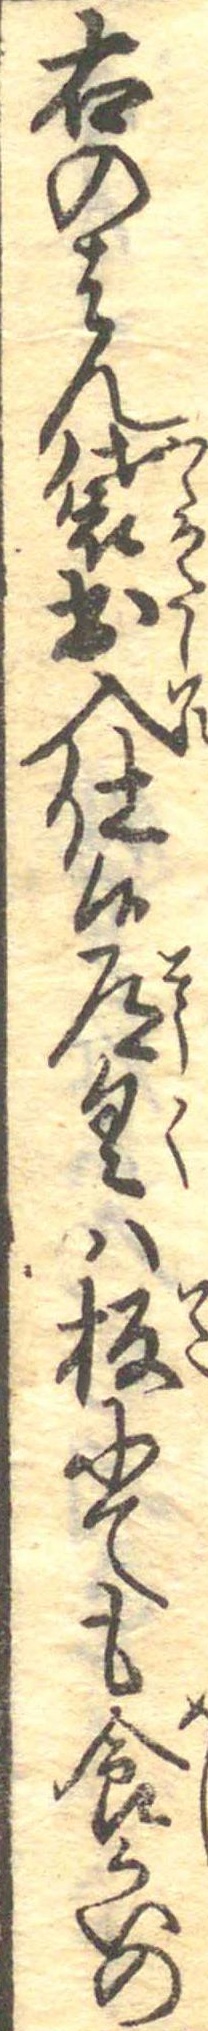
右のはん袋出入仕候道具は板にても食かいの